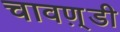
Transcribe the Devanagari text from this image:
चावण़्डी